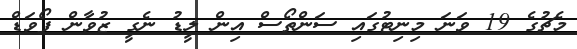
މެޗުގެ 19 ވަނަ މިނިޓުގައި ސަންތޯސް އިން ލީޑު ނެގީ ޒުވާން ފޯވަޑް